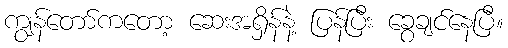
ကျွန်တော်ကတော့ ဆေးအရှိန်နဲ့ ပြန်ပြီး ခွေချင်နေပြီ။